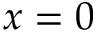
x = 0